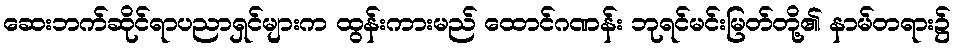
ဆေးဘက်ဆိုင်ရာပညာရှင်များက ထွန်းကားမည် ထောင်ဂဏန်း ဘုရင်မင်းမြတ်တို့၏ နာမ်တရား၌